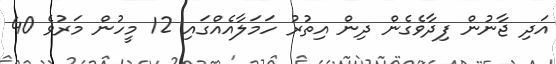
އަދި ޖާނުން ފިދާވެގެން ދިން އިތުރު ހަމަލާއެއްގައި 12 މީހުން މަރުވެ 40